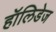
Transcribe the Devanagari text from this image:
हॉलिडेज